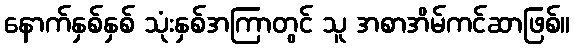
နောက်နှစ်နှစ် သုံးနှစ်အကြာတွင် သူ အစာအိမ်ကင်ဆာဖြစ်။